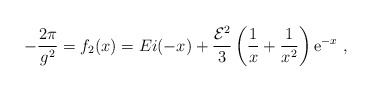
\begin{align*}-{2\pi\over g^{2}}=f_{2}(x)=Ei(-x)+{{\cal E}^{2}\over3}\left({1\over x}+{1\over x^{2}}\right){\mathrm e}^{-x}\ ,\end{align*}